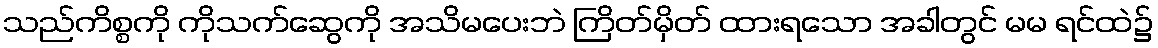
သည်ကိစ္စကို ကိုသက်ဆွေကို အသိမပေးဘဲ ကြိတ်မှိတ် ထားရသော အခါတွင် မမ ရင်ထဲ၌